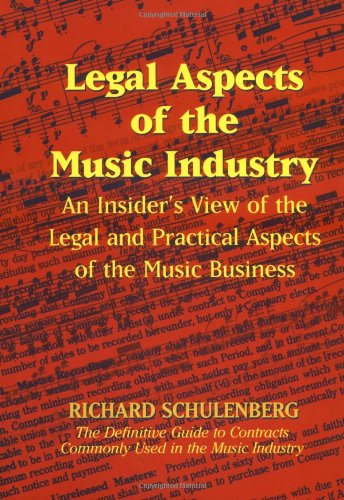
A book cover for Legal Aspects of the Music Industry; Richard Schulenberg; Law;